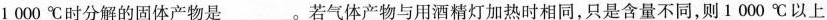
1000℃时分解的固体产物是___。若气体产物与用酒精灯加热时相同，只是含量不同，则1000℃以上